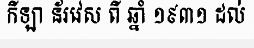
កីឡា ន័រវេស ពី ឆ្នាំ ១៩៣១ ដល់